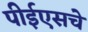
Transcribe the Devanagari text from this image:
पीईएसचे